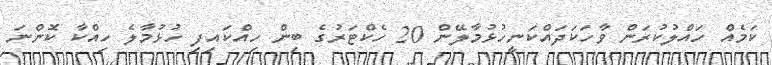
ކަމެއް ހައްލުކުރަން ވާހަކަދައްކަނީހުޅުމާލޭން 20 ހެކްޓަރުގެ ބިން ހިއްކައިފި ހުޅުމާލެ ހިއްކާ ކޮންނަ